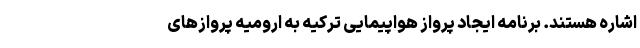
اشاره هستند. برنامه ایجاد پرواز هواپیمایی ترکیه به ارومیه پروازهای